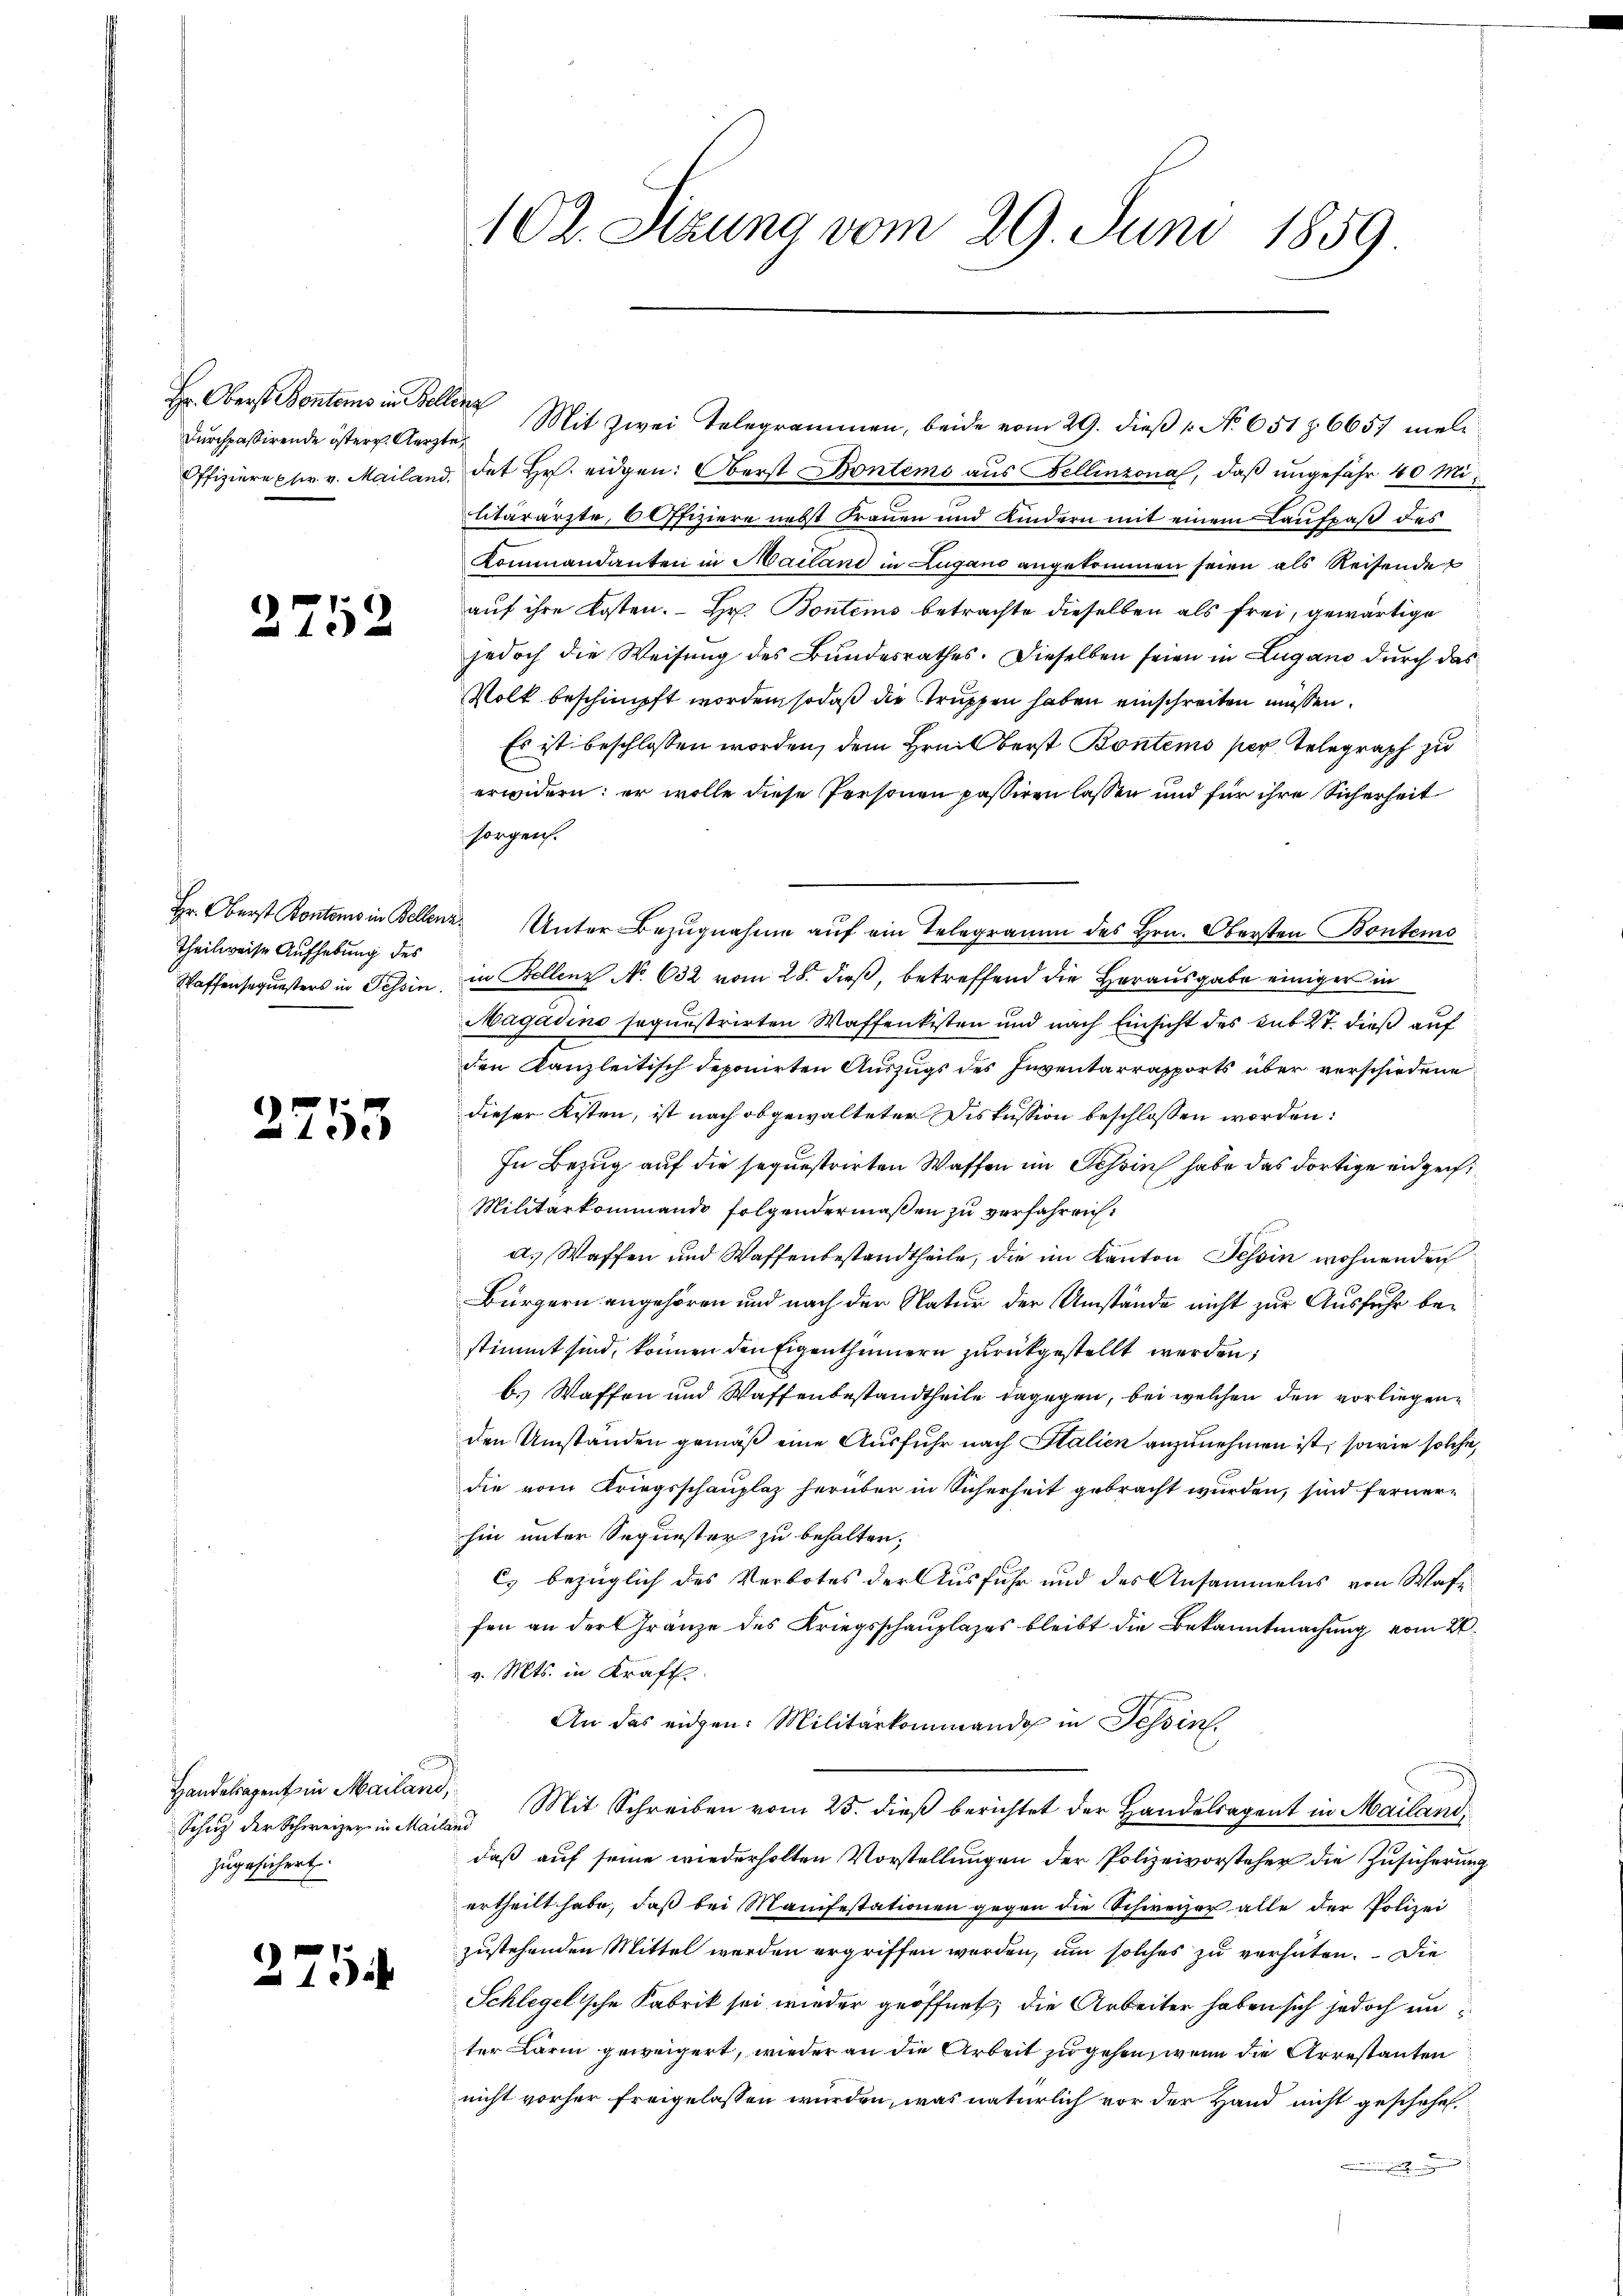
Durchpassirende östern Aerzt

2252

Hr. Oberst Pontons in Bellenz
Theilweise Aufhebung des
Waffensequesters in Tessin.

2753

Handelsagent in Mailand,
Schutz der Schweizer in Maila
zugesichert.

275

102. Sitzung vom 29. Juni 1859.

H. Oberst Bentens in Bellen Mit zwei Telegrammen, beide vom 29. dieβ 1. No. 651 § 6657 mel
h
Offiziere ptr. v. Mailand, dat Hr. eidgen: Oberst Bontems aus Bellinzona, daß ungefähr 40 Militärärzte, 6 Offiziere nebst Trauen und Kindern mit einem Laufpaß des
Kommandanten in Mailand in Lugano angekommen seien als Reisendet
auf ihre Kosten. Hr. Bontems betrachte dieselben als frei, gewärtige
jedoch die Weisung des Bundesrathes. Dieselben seien in Lugano durch das
Volk beschimpft worden, sodaß die Struppen haben einschreiten müssen.
Es ist beschlossen worden, dem Heil berst Bontens per Telegraph zu
erwidern; er wolle diese Personen passiren lassen und für ihre Sicherheit
sorgen.
 Unter Bezugnahme auf ein Telegramm des Hrn. Obersten Bontems
in Bellenz No 632 vom 28. dieß, betreffend die Herausgabe einiger in
Magadino sequestrirten Waffenkisten und nach Einsicht des Ant. 27. dieß auf
den Kanzleitisch deponirten Auszugs des Inventarrapports über verschiedene
dieser Kisten, ist nach obgewalteter Diskussion beschlossen worden:
In Bezug auf die sequestrirten Waffen im Tessin habe das dortige eidge¬
Militärkommande folgendermaßen zu verfahren:
a. Waffen und Waffenbestandtheile, die im Kanton Tessin wohnenden
Bürgern angehören und nach der Natur der Umstände nicht zur Ausfuhr bestimmt sind, können den Eigenthümern zurückgestellt werden;
b. Waffen und Waffenbestandtheile dagegen, bei welchen den vorliegenden Umständen gemäß eine Ausfuhr nach Italien anzunehmen ist, sowie solche
die vom Kriegsschauplaz herüber in Sicherheit gebracht wurden, sind fernerhin unter Sequester zu behalten,
c) bezüglich des Verbotes der Ausfuhr und des Ansammelns von Waffen an der Gränze des Kriegsschauplazes bleibt die Bekanntmachung vom 21.
v. Mts. in Kraft
An das eidgen: Militärkommando in Tessin.
 Mit Schreiben vom 25. dieß berichtet der Handelsagent in Mailand,
daß auf seine wiederholten Vorstellungen der Polizeivorsteher die Zusicherung
ertheilt habe, daß bei Manifestationen gegen die Schweizer alle der Polizei
zustehenden Mittel werden ergriffen worden, um solches zu verhüten. Die
Schlegelsche Fabrik sei wieder geöffnet, die Arbeiter haben sich jedoch unter Lärm geweigert, wieder an die Arbeit zu gehen, wenn die Arrestanten
nicht vorher freigelassen wurden, was natürlich vor der Hand nicht geschehen
.